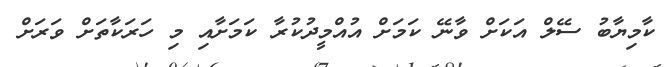
ކާމިޔާބު ސޭލް އަކަށް ވާނޭ ކަމަށް އުއްމީދުކުރާ ކަމަށާއި މި ހަރަކާތަށް ވަރަށް